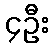
၄ဦး